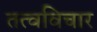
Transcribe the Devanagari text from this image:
तत्वविचार